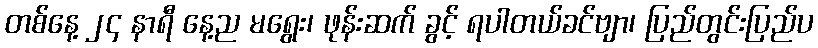
တစ်နေ့ ၂၄ နာရီ နေ့ည မရွေး၊ ဖုန်းဆက် ခွင့် ရပါတယ်ခင်ဗျာ၊ ပြည်တွင်းပြည်ပ